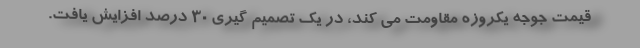
قیمت جوجه یکروزه مقاومت می کند، در یک تصمیم گیری ۳۰ درصد افزایش یافت.